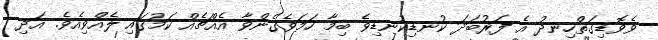
ވެވޮޑިގަތްހިނދު އެ ފަރުބަދަ ކުނޑިކުނޑިވެ ބިމާ ހަމަވެގެންވާ އެއްޗެއް ކަމުގައި ލެއްވިއެވެ. އަދި